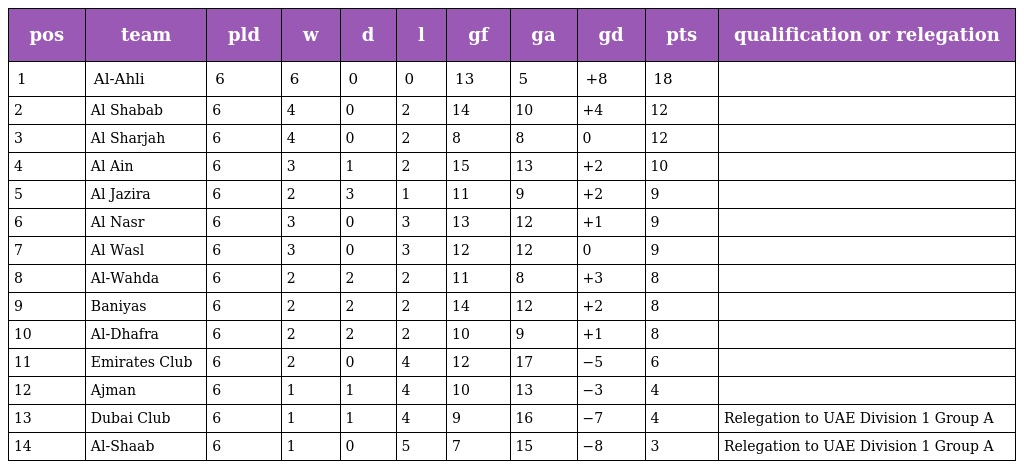
| pos | team | pld | w | d | l | gf | ga | gd | pts | qualification or relegation |
 | --- | --- | --- | --- | --- | --- | --- | --- | --- | --- | --- |
 | 1 | Al-Ahli | 6 | 6 | 0 | 0 | 13 | 5 | +8 | 18 |  |
 | 2 | Al Shabab | 6 | 4 | 0 | 2 | 14 | 10 | +4 | 12 |  |
 | 3 | Al Sharjah | 6 | 4 | 0 | 2 | 8 | 8 | 0 | 12 |  |
 | 4 | Al Ain | 6 | 3 | 1 | 2 | 15 | 13 | +2 | 10 |  |
 | 5 | Al Jazira | 6 | 2 | 3 | 1 | 11 | 9 | +2 | 9 |  |
 | 6 | Al Nasr | 6 | 3 | 0 | 3 | 13 | 12 | +1 | 9 |  |
 | 7 | Al Wasl | 6 | 3 | 0 | 3 | 12 | 12 | 0 | 9 |  |
 | 8 | Al-Wahda | 6 | 2 | 2 | 2 | 11 | 8 | +3 | 8 |  |
 | 9 | Baniyas | 6 | 2 | 2 | 2 | 14 | 12 | +2 | 8 |  |
 | 10 | Al-Dhafra | 6 | 2 | 2 | 2 | 10 | 9 | +1 | 8 |  |
 | 11 | Emirates Club | 6 | 2 | 0 | 4 | 12 | 17 | −5 | 6 |  |
 | 12 | Ajman | 6 | 1 | 1 | 4 | 10 | 13 | −3 | 4 |  |
 | 13 | Dubai Club | 6 | 1 | 1 | 4 | 9 | 16 | −7 | 4 | Relegation to UAE Division 1 Group A |
 | 14 | Al-Shaab | 6 | 1 | 0 | 5 | 7 | 15 | −8 | 3 | Relegation to UAE Division 1 Group A |